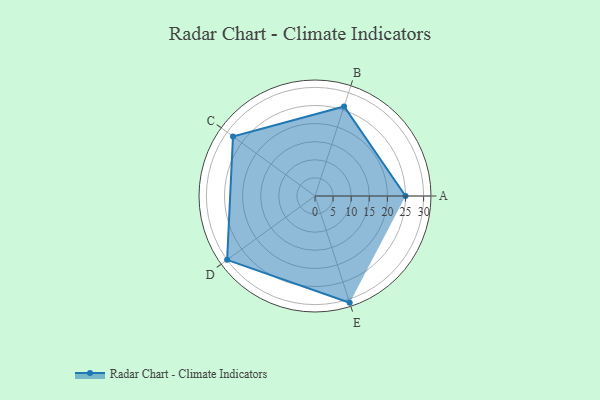
{"axis": {"x": "Skill", "y": "Score"}, "legend": ["Profile"], "data": [{"x": "A", "y": 25.0, "type": "Profile"}, {"x": "B", "y": 26.0, "type": "Profile"}, {"x": "C", "y": 28.0, "type": "Profile"}, {"x": "D", "y": 30.0, "type": "Profile"}, {"x": "E", "y": 31.0, "type": "Profile"}]}